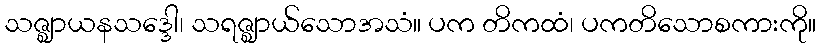
သဇ္ဈာယနသဒ္ဒေါ၊ သရဇ္ဈာယ်သောအသံ။ ပက တိကထံ၊ ပကတိသောစကားကို။